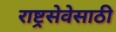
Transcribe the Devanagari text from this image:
राष्ट्रसेवेसाठी